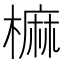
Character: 𣙪